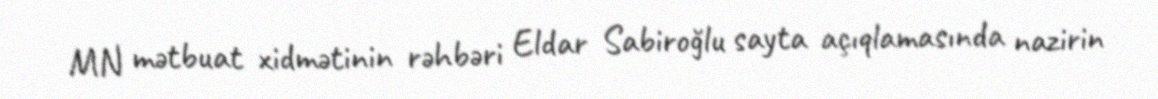
MN mətbuat xidmətinin rəhbəri Eldar Sabiroğlu sayta açıqlamasında nazirin